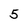
Character: 5